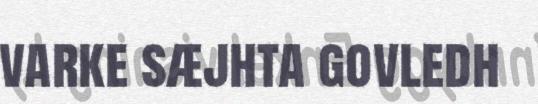
varke sæjhta govledh